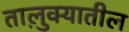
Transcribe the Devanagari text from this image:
तालु़क्यातील